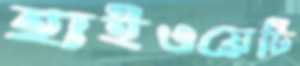
হাইওয়েটি